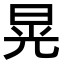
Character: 晃